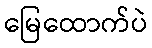
မြေထောက်ပဲ